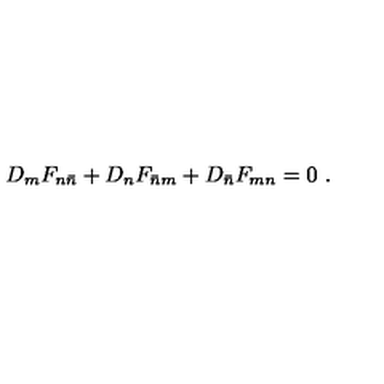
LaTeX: D _ { m } F _ { n \bar { n } } + D _ { n } F _ { \bar { n } m } + D _ { \bar { n } } F _ { m n } = 0 \ .